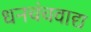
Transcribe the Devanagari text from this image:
धनचंचवाद्य